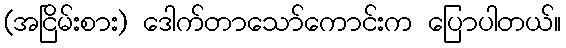
(အငြိမ်းစား) ဒေါက်တာသော်ကောင်းက ပြောပါတယ်။